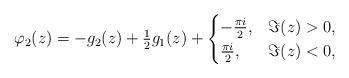
LaTeX: \begin{align*}\varphi_{2}(z) = -g_{2}(z)+\tfrac{1}{2} g_{1}(z) + \begin{cases} -\frac{\pi i}{2}, & \Im(z)>0,\\ \frac{\pi i}{2}, & \Im(z)<0,\end{cases}\end{align*}